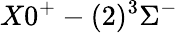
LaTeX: X0^{+}-(2)^{3}\Sigma^{-}